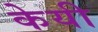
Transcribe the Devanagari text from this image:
केयी